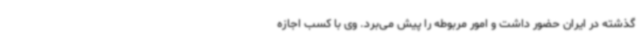
گذشته در ایران حضور داشت و امور مربوطه را پیش می‌برد. وی با کسب اجازه